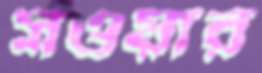
সওয়ার